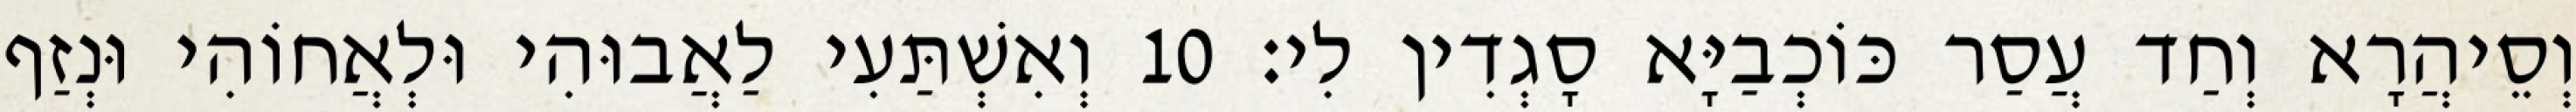
וְסֵיהֲרָא וְחַד עֲסַר כּוֹכְבַיָּא סָגְדִין לִי׃ 10 וְאִשְׁתַּעִי לַאֲבוּהִי וּלְאֲחוֹהִי וּנְזַף